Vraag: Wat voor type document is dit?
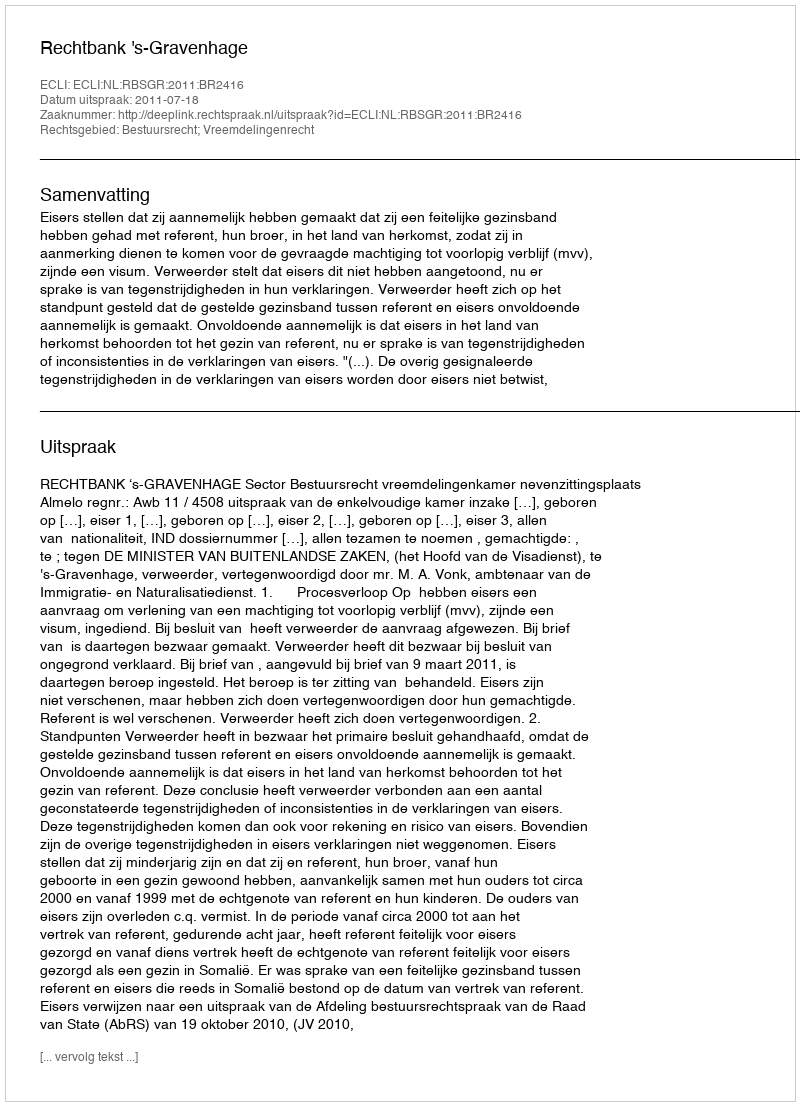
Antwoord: Uitspraak